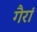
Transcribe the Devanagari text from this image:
गैरां